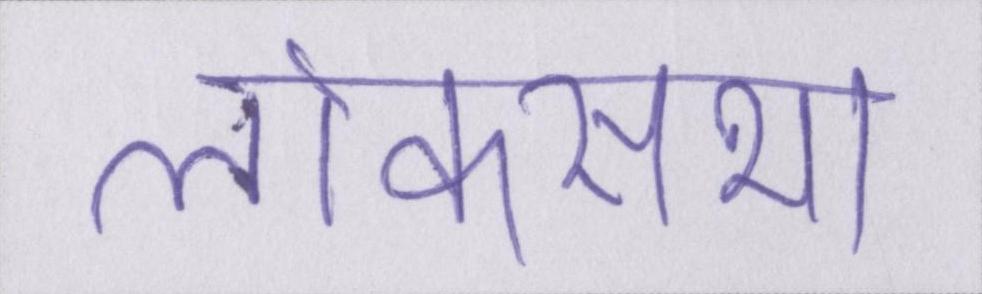
लोकसभा